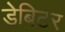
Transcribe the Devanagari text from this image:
डेबिटर